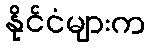
နိုင်ငံများက